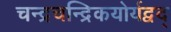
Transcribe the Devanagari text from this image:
चन्द्रचन्द्रिकयोर्यद्वद्